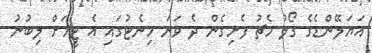
އަޔަލޭންޑެގެ ގޯލު މެޗު ފެށިގެން ދެ ވަނަ މިނެޓުގައި އެ ޓީމަށް ލިބުނު